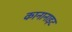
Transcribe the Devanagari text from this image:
कानानाइट